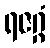
ရဇဂ္ဂံ